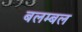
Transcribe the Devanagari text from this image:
बलम्बल